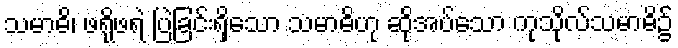
သမာဓိ၊ ဖရိုဖရဲ ပြဲခြင်းရှိသော သမာဓိဟု ဆိုအပ်သော ကုသိုလ်သမာဓိ၌